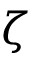
\boldsymbol { \zeta }